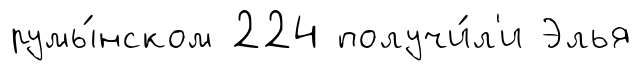
румы́нском 224 получи́л'и Элья